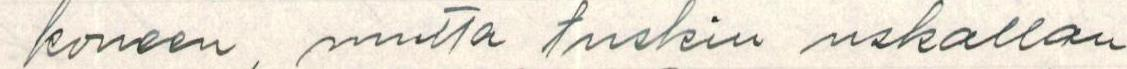
koneen, mutta tuskin uskallan